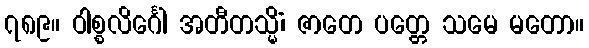
၇၈၉။ ဝါစ္စလိင်္ဂေါ အတီတသ္မိံ၊ ဇာတေ ပတ္တေ သမေ မတော။